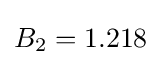
B_{2}=1.218